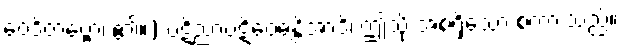
ဝေဒိတဗ္ဗော၊ ၏။) ပဋိညာပဋိဝေဓန္တိအာဒိ၊ ဤသို့ အစရှိသော စကားသည်။